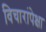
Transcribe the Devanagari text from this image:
विचारांपेक्षा